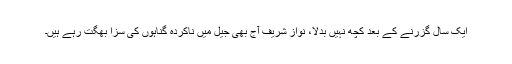
ایک سال گزرنے کے بعد کچھ نہیں بدلا، نواز شریف آج بھی جیل میں ناکردہ گناہوں کی سزا بھگت رہے ہیں۔